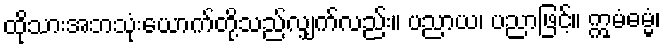
ထိုသားအဘသုံးယောက်တို့သည်လျှက်လည်း။ ပညာယ၊ ပညာဖြင့်။ ဣမံဓမ္မံ၊